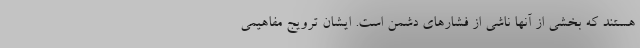
هستند که بخشی از آنها ناشی از فشارهای دشمن است. ایشان ترویج مفاهیمی